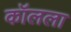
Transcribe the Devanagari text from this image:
कॉलला